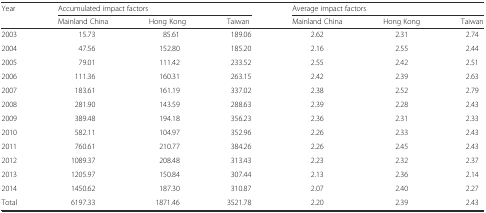
| <ROWSPAN=2> Year | <COLSPAN=3> Accumulated impact factors | <COLSPAN=3> Average impact factors |
 | Mainland China | Hong Kong | Taiwan | Mainland China | Hong Kong | Taiwan |
 | --- | --- | --- | --- | --- | --- | --- |
 | 2003 | 15.73 | 85.61 | 189.06 | 2.62 | 2.31 | 2.74 |
 | 2004 | 47.56 | 152.80 | 185.20 | 2.16 | 2.55 | 2.44 |
 | 2005 | 79.01 | 111.42 | 233.52 | 2.55 | 2.42 | 2.51 |
 | 2006 | 111.36 | 160.31 | 263.15 | 2.42 | 2.39 | 2.63 |
 | 2007 | 183.61 | 161.19 | 337.02 | 2.38 | 2.52 | 2.79 |
 | 2008 | 281.90 | 143.59 | 288.63 | 2.39 | 2.28 | 2.43 |
 | 2009 | 389.48 | 194.18 | 356.23 | 2.36 | 2.31 | 2.33 |
 | 2010 | 582.11 | 104.97 | 352.96 | 2.26 | 2.33 | 2.43 |
 | 2011 | 760.61 | 210.77 | 384.26 | 2.26 | 2.45 | 2.43 |
 | 2012 | 1089.37 | 208.48 | 313.43 | 2.23 | 2.32 | 2.37 |
 | 2013 | 1205.97 | 150.84 | 307.44 | 2.13 | 2.36 | 2.14 |
 | 2014 | 1450.62 | 187.30 | 310.87 | 2.07 | 2.40 | 2.27 |
 | Total | 6197.33 | 1871.46 | 3521.78 | 2.20 | 2.39 | 2.43 |